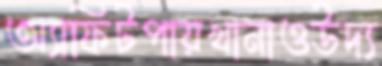
অ্যাফিটপায়খানাওউদ্য